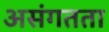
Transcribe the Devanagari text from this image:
असंगतता